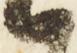
御